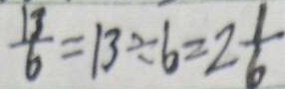
\frac { 1 3 } { 6 } = 1 3 \div 6 = 2 \frac { 1 } { 6 }